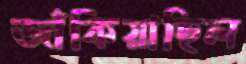
জাঁকিয়াছিল